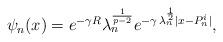
LaTeX: \begin{align*}\psi_n(x) = e^{-\gamma R} \lambda_n^{\frac1{p-2}} e^{- \gamma \, \lambda_n^{\frac{1}{2}}|x-P^i_n|},\end{align*}